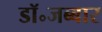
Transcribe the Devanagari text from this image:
डॉ॰जब्बार